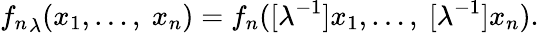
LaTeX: {f_{n}}_{\lambda}(x_{1},\ldots,\ x_{n})=f_{n}([\lambda^{-1}]x_{1},\ldots,\ [\lambda^{-1}]x_{n}).